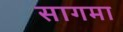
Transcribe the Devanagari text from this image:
सागमा